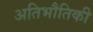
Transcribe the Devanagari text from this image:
अतिभौतिकी